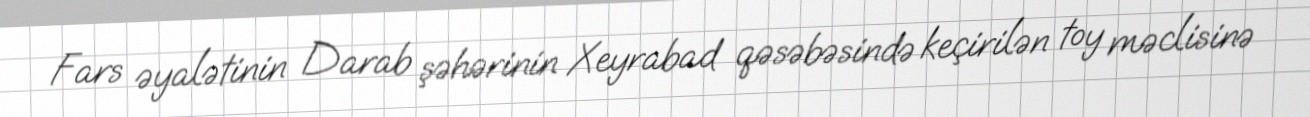
Fars əyalətinin Darab şəhərinin Xeyrabad qəsəbəsində keçirilən toy məclisinə